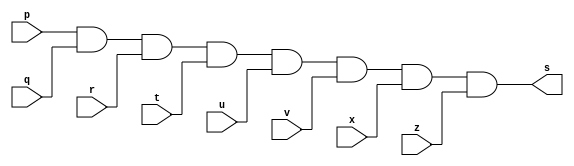
// -------------------------
// Exemplo0017 - Extra 
// Nome: Michelle da Costa Silva
// ------------------------- 

// ------------------------- 
// -- and gate 
// ------------------------- 

       module andgate ( output s, input p, q, r, t, u, v, x, z); 
		    assign s = p & q & r & t & u & v & x & z; 

       endmodule // andgate 

// --------------------- 
// -- test and gate 
// ---------------------

       module testandgate; 

// ------------------------- dados locais 
       
		 reg a, b, c, d, e, f, g, h; // definir registradores 
      wire s; // definir conexao (fio) 

// ------------------------- instancia 
 
       andgate AND1 (s, a, b, c, d, e, f, g, h); 

// ------------------------- preparacao 
     
	    initial begin:start 
            a=1; b=1; c=1; d=1; e=1; f=1; g=1; h=1;
           end 
				  
// ------------------------- parte principal 
         
			  initial begin:main 
                $display("Exemplo 0017 - Michelle da Costa Silva - 427448"); 
                $display("\nExtra - AND"); 
                $display("\na b c d e f g h s\n"); 
                   a=1; b=1; c=1; d=1; e=1; f=1; g=1; h=1;
             #1 $display("%b %b %b %b %b %b %b %b %b", a, b, c, d, e, f, g, h, s); 

// OBS.: INCLUIR MAIS TESTES (MELHOR USAR $monitor)

			   end 
     endmodule // testandgate